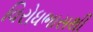
વિરોધભાસથી